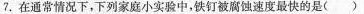
7.在通常情况下，下列家庭小实验中，铁钉被腐蚀速度最快的是()